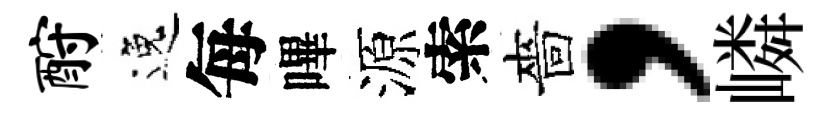
酹逸每嗶源索嗇，嶙